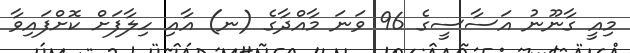
މިއީ ގާނޫނު އަސާސީގެ 96 ވަނަ މާއްދާގެ (ނ) އާއި ހިލާފަށް ކޮށްފައިވާ